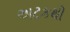
અટકથી